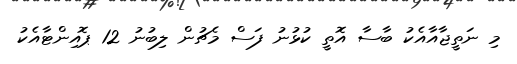
މި ނަތީޖާއާއެކު ބާސާ އޮތީ ކުޅުނު ފަސް މެޗުން ލިބުނު 12 ޕޮއިންޓާއެކު